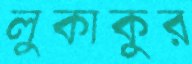
লুকাকুর